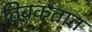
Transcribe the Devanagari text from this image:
ठिबकतात